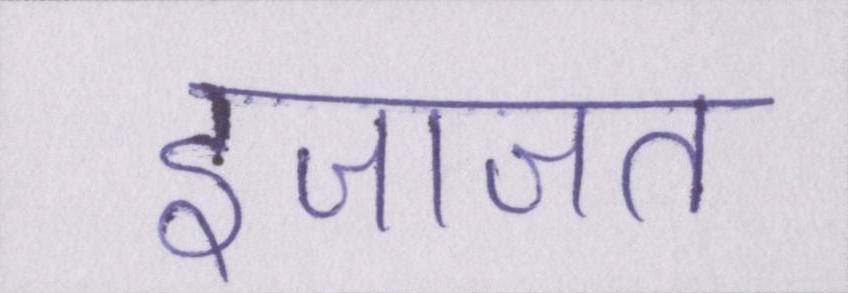
इजाजत